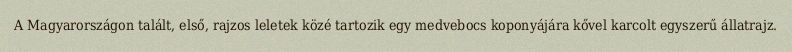
A Magyarországon talált, első, rajzos leletek közé tartozik egy medvebocs koponyájára kővel karcolt egyszerű állatrajz.